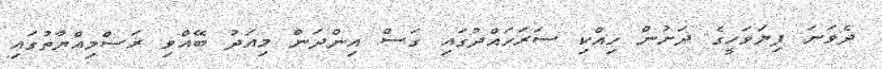
ދެވަނަ ފިޔަވަހީގެ ދަށުން ހިއްކި ސަރަހައްދުގައި ގަސް އިންދަން މިއަދު ބޭއްވި ރަސްމިއްޔާތުގައި